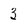
Character: 3